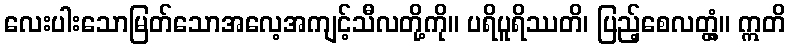
လေးပါးသောမြတ်သောအလေ့အကျင့်သီလတို့ကို။ ပရိပူရိဿတိ၊ ပြည့်စေလတ္တံ့။ ဣတိ